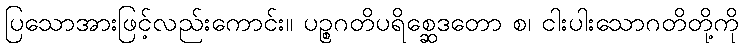
ပြသောအားဖြင့်လည်းကောင်း။ ပဉ္စဂတိပရိစ္ဆေဒတော စ၊ ငါးပါးသောဂတိတို့ကို